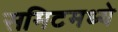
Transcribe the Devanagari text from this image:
समिटमध्ये